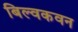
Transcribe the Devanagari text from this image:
बिल्वकवन